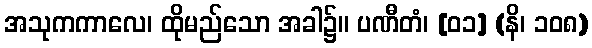
အသုကကာလေ၊ ထိုမည်သော အခါ၌။ ပဏီတံ၊ [၀၁] (နိ၊ ၁၀၈)